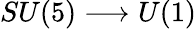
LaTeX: SU(5)\longrightarrow U(1)